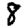
Digit: 8